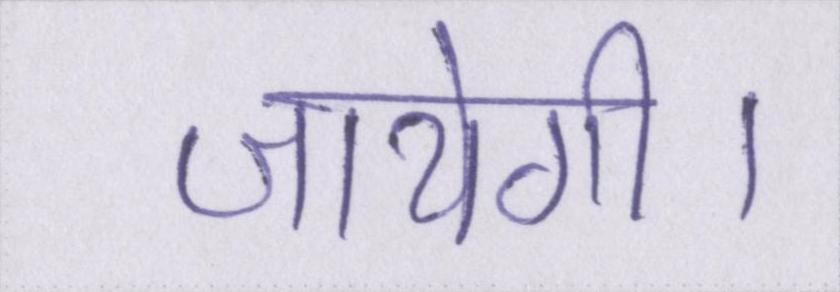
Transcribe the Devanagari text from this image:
जायेगी।